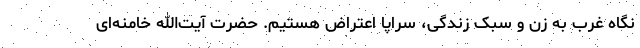
نگاه غرب به زن و سبک زندگی، سراپا اعتراض هستیم. حضرت آیت‌الله خامنه‌ای